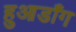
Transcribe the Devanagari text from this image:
हुआडाँग